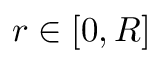
r \in [ 0 , R ]